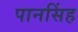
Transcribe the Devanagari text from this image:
पानसिंह